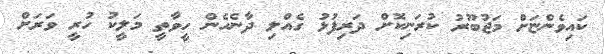
ކައިވެންޏަށް މަޖުބޫރު ކުރަނިކޮށް ދަރިފުޅު ގެއްލި ދާނެހެން ހީވާތީ މަލީކު ހުރީ ވަރަށް